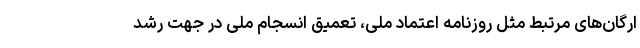
ارگان‌های مرتبط مثل روزنامه اعتماد ملی، تعمیق انسجام ملی در جهت رشد